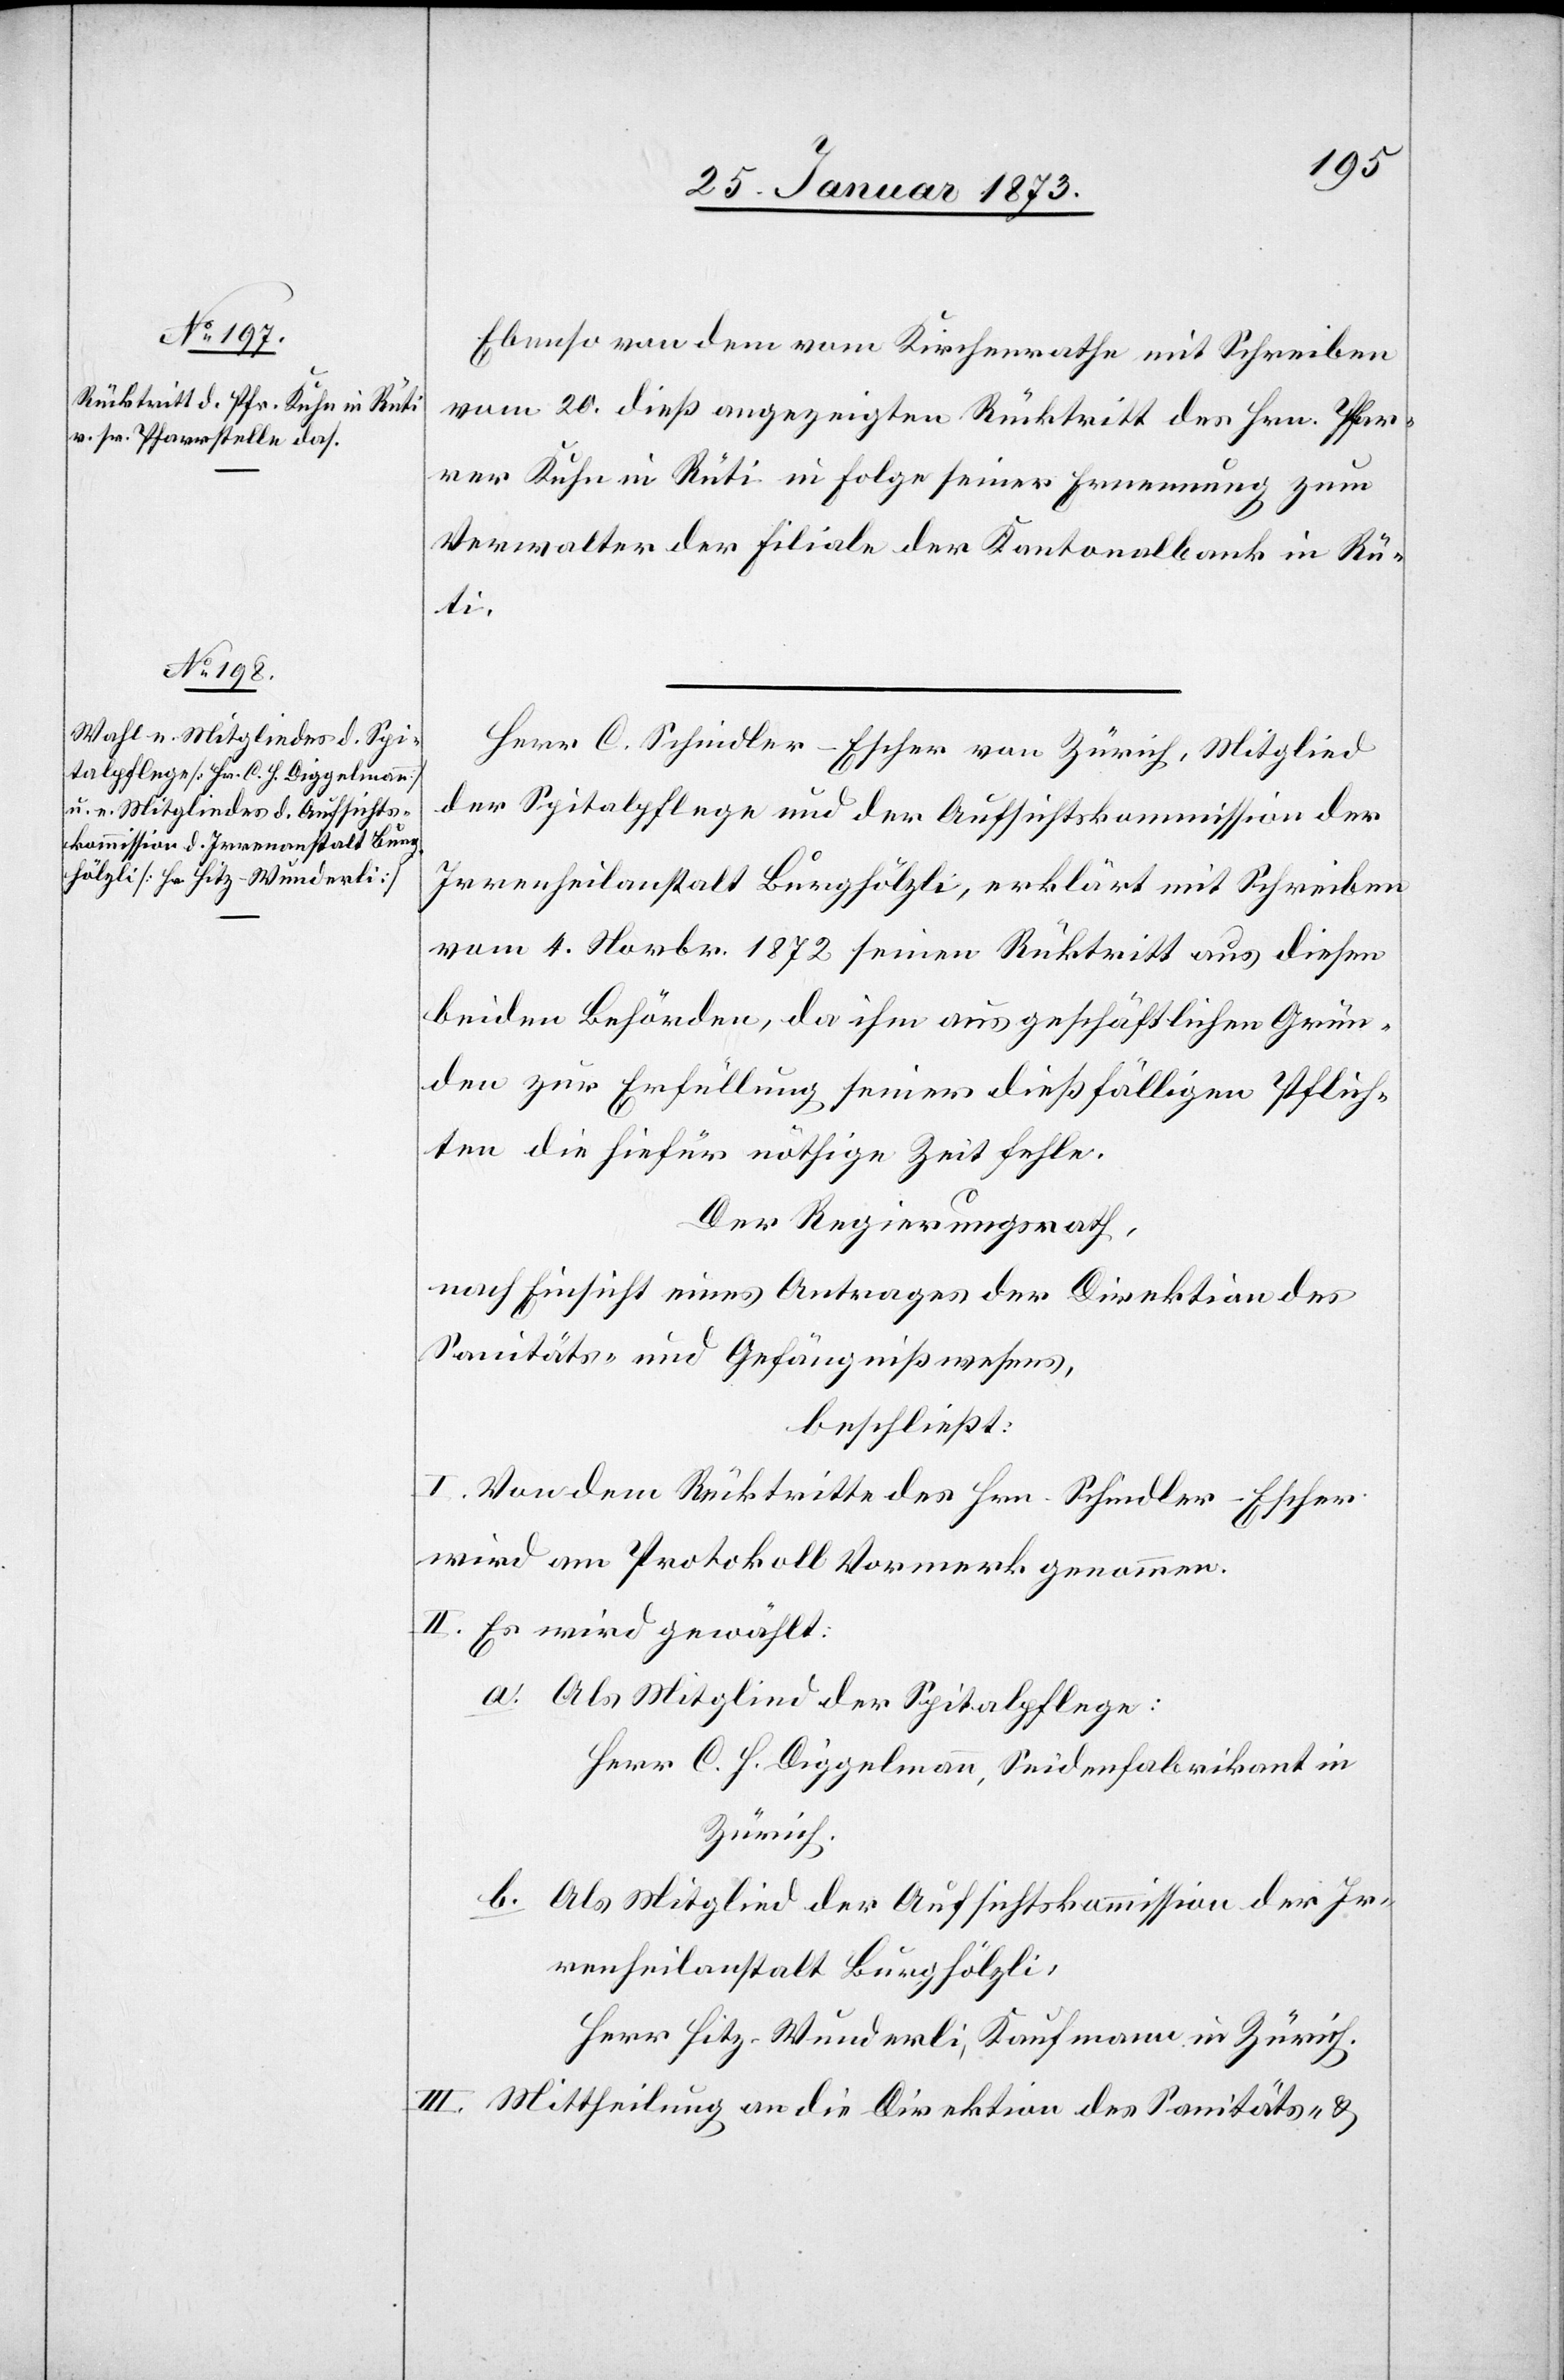
Ebenso von dem vom Kirchenrathe mit Schreiben
vom 26. dieß angezeigten Rücktritt des Hrn. Pfar¬
rer Kuhe in Rüti in Folge seiner Ernennung zum
Verwalter der Filiale der Kantonalbank in Rü¬
ti.
Herr C. Schiedler–Escher von Zürich, Mitglied
der Spitalpflege und der Aufsichtskommission der
Irrenheilanstalt Burghölzli, erklärt mit Schreiben
vom 4. Novbr. 1872 seinen Rücktritt aus diesen
beiden Behörden, da ihm aus geschäftlichen Grün¬
den zur Erfüllung seiner dießfälligen Pflich¬
ten die hiefür nöthige Zeit fehle.
Der Regierungsrath,
nach Einsicht eines Antrages der Direktion des
Sanitäts- und Gefängnißwesens,
beschließt:
I. Von dem Rücktritte des Hrn. Schiedler–Escher
wird am Protokoll Vormerk genommen.
II. Es wird gewählt:
a. Als Mitglied der Spitalpflege:
Herr C. H. Diggelmann, Seidenfabrikant in
Zürich
b. Als Mitglied der Aufsichtskommission der Ir¬
renheilanstalt Burghölzli:
Herr Hitz-Wunderli, Kaufmann in Zürich
III. Mittheilung an die Direktion des Sanitäts- u.